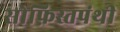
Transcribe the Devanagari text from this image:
सोफ़िस्तपंथी